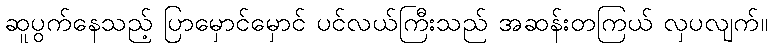
ဆူပွက်နေသည့် ပြာမှောင်မှောင် ပင်လယ်ကြီးသည် အဆန်းတကြယ် လှပလျက်။